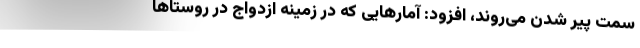
سمت پیر شدن می‌روند، افزود: آمارهایی که در زمینه ازدواج در روستاها